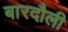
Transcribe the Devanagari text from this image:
बारदौली